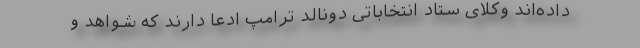
داده‌اند وکلای ستاد انتخاباتی دونالد ترامپ ادعا دارند که شواهد و